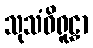
သုသံဝိရူဠှာ